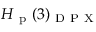
H _ { \mathrm { ~ p ~ } } ( 3 ) _ { \mathrm { ~ D ~ P ~ X ~ } }